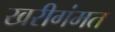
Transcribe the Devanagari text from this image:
खरीगंमत